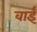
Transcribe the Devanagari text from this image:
वाईं